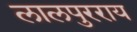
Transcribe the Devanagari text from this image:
लालपुरराय